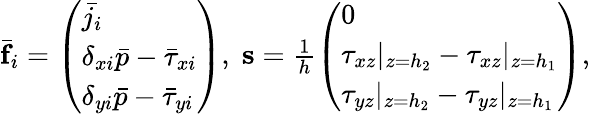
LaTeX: \begin{array}{r}{\bar{\mathbf{f}}_{i}=\left(\begin{array}{l}{\bar{j_{i}}}\\ {\delta_{xi}\bar{p}-\bar{\tau}_{xi}}\\ {\delta_{yi}\bar{p}-\bar{\tau}_{yi}}\end{array}\right),\; \mathbf{s}=\frac{1}{h}\left(\begin{array}{l}{0}\\ {\tau_{xz}|_{z=h_{2}}-\tau_{xz}|_{z=h_{1}}}\\ {\tau_{yz}|_{z=h_{2}}-\tau_{yz}|_{z=h_{1}}}\end{array}\right),}\end{array}